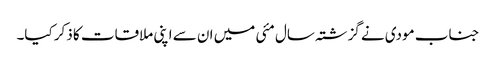
جناب مودی نے گزشتہ سال مئی میں ان سے اپنی ملاقات کا ذکر کیا۔